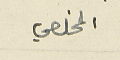
المخلصي